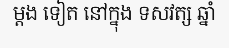
ម្តង ទៀត នៅក្នុង ទសវត្ស ឆ្នាំ